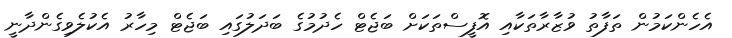
އެހެންކަމުން ތަފާތު ވުޒާރާތަކާއި އޮފީސްތަކަށް ބަޖެޓް ހެދުމުގެ ބަދަލުގައި ބަޖެޓް މިހާރު އެކުލެވިގެންދާނީ